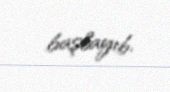
başlayıb.